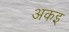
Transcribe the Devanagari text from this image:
अकइ